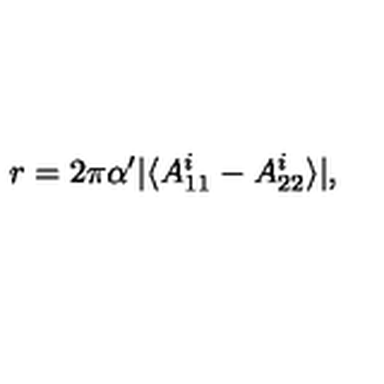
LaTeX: r = 2 \pi \alpha ^ { \prime } \vert \langle A _ { 1 1 } ^ { i } - A _ { 2 2 } ^ { i } \rangle \vert ,